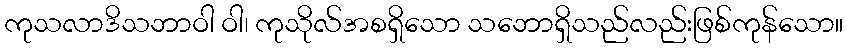
ကုသလာဒိသဘာဝါ ဝါ၊ ကုသိုလ်အစရှိသော သဘောရှိသည်လည်းဖြစ်ကုန်သော။